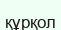
құрқол